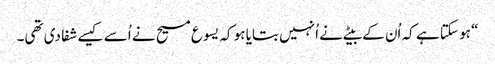
‏“‏ ہو سکتا ہے کہ اُن کے بیٹے نے اُنہیں بتایا ہو کہ یسوع مسیح نے اُسے کیسے شفا دی تھی۔